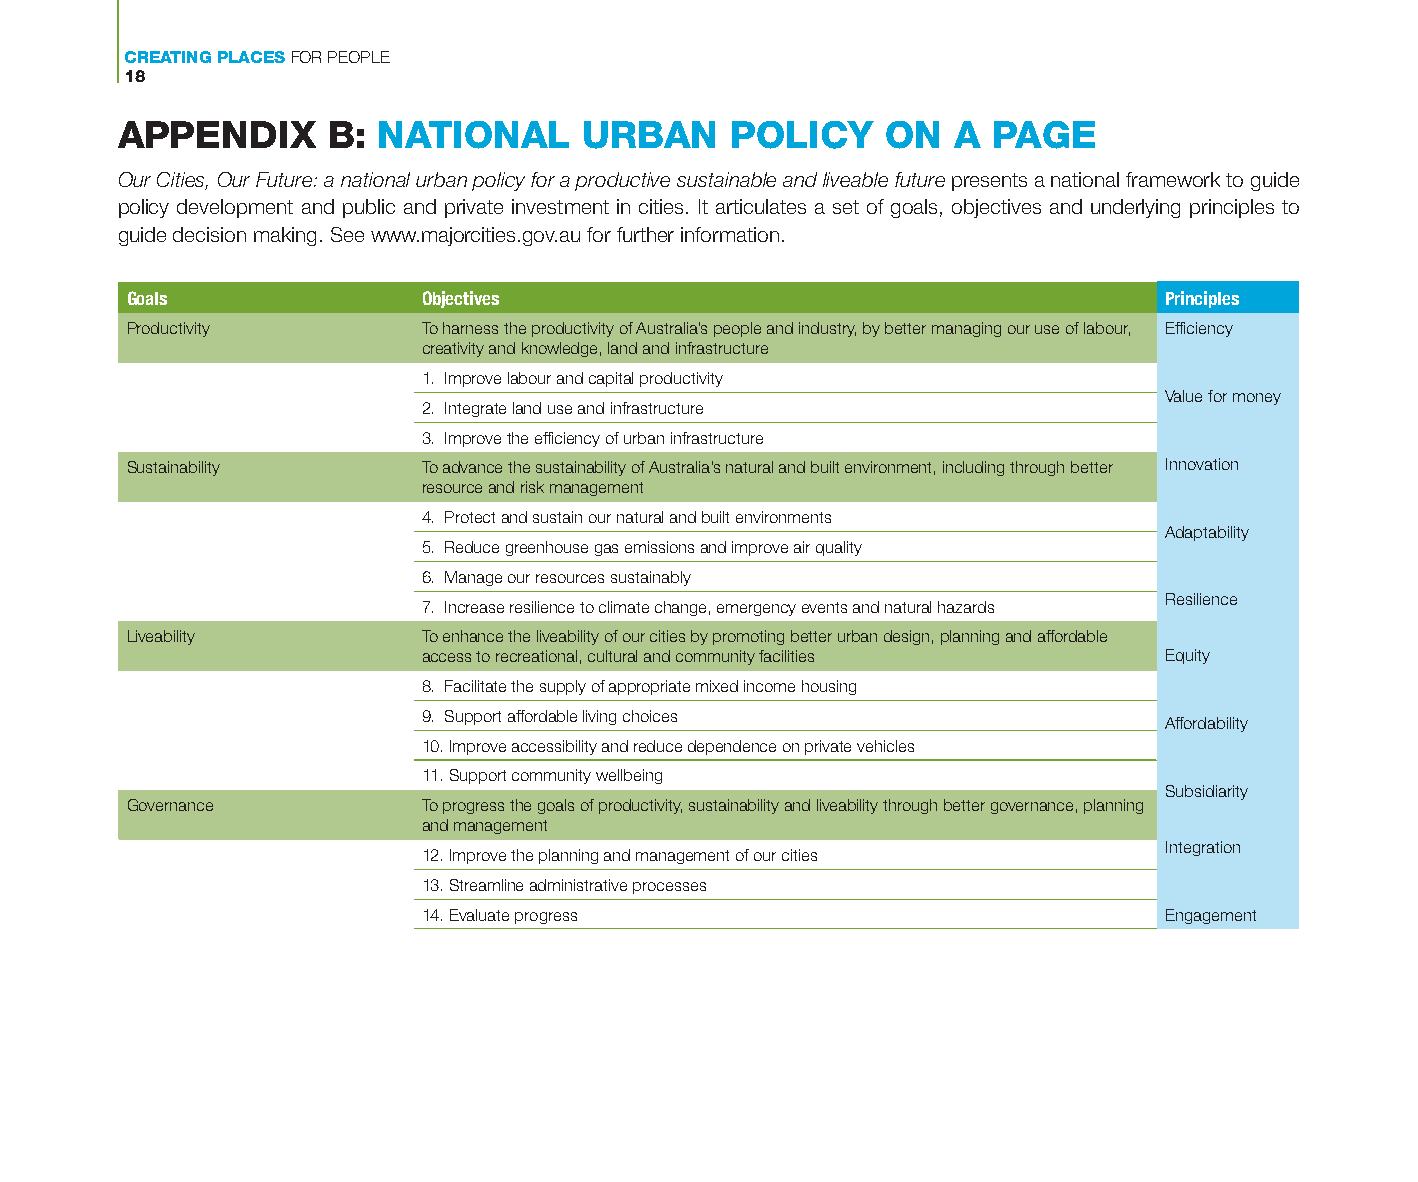
CREATING PLACES FOR PEOPLE
 18
 APPENDIX      B: NATIONAL      URBAN    POLICY     ON  A  PAGE
 Our Cities, Our Future: a national urban policy for a productive sustainable and liveable future presents a national framework to guide
 policy development and public and private investment in cities. It articulates a set of goals, objectives and underlying principles to
 guide decision making. See www.majorcities.gov.au for further information.
 Goals               Objectives                                       Principles
 Productivity        To harness the productivity of Australia’s people and industry, by better managing our use of labour, Efficiency
 creativity and knowledge, land and infrastructure
 1. Improve labour and capital productivity
 Value for money
 2. Integrate land use and infrastructure
 3. Improve the efficiency of urban infrastructure
 Sustainability      To advance the sustainability of Australia’s natural and built environment, including through better Innovation
 resource and risk management
 4. Protect and sustain our natural and built environments
 Adaptability
 5. Reduce greenhouse gas emissions and improve air quality
 6. Manage our resources sustainably
 Resilience
 7. Increase resilience to climate change, emergency events and natural hazards
 Liveability         To enhance the liveability of our cities by promoting better urban design, planning and affordable
 access to recreational, cultural and community facilities Equity
 8. Facilitate the supply of appropriate mixed income housing
 9. Support affordable living choices
 Affordability
 10. Improve accessibility and reduce dependence on private vehicles
 11. Support community wellbeing
 Subsidiarity
 Governance          To progress the goals of productivity, sustainability and liveability through better governance, planning
 and management
 Integration
 12. Improve the planning and management of our cities
 13. Streamline administrative processes
 14. Evaluate progress                            Engagement